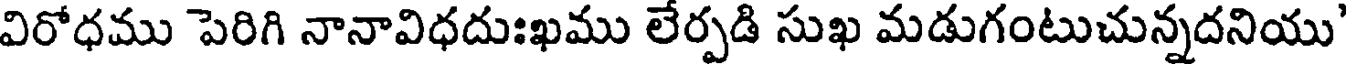
విరోధము పెరిగి నానావిధదుఃఖము లేర్పడి సుఖ మడుగంటుచున్నదనియు